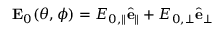
\mathbf { E } _ { 0 } ( \theta , \phi ) = E _ { 0 , \parallel } \hat { \mathbf { e } } _ { \parallel } + E _ { 0 , \perp } \hat { \mathbf { e } } _ { \perp }